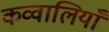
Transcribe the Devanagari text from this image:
कव्वालियाँ